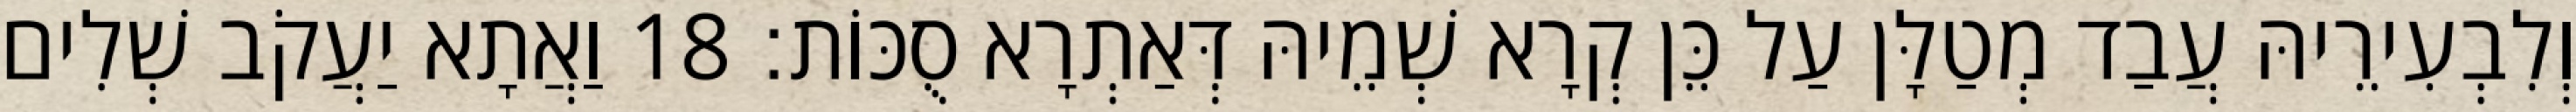
וְלִבְעִירֵיהּ עֲבַד מְטַלָּן עַל כֵּן קְרָא שְׁמֵיהּ דְּאַתְרָא סֻכּוֹת׃ 18 וַאֲתָא יַעֲקֹב שְׁלִים